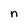
Character: n